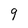
Character: 9